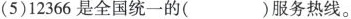
(5)12366是全国统一的（）服务热线。